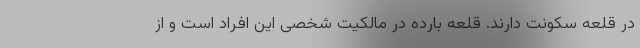
در قلعه سکونت دارند. قلعه بارده در مالکیت شخصی این افراد است و از